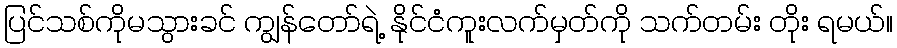
ပြင်သစ်ကိုမသွားခင် ကျွန်တော်ရဲ့ နိုင်ငံကူးလက်မှတ်ကို သက်တမ်း တိုး ရမယ်။